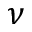
\nu